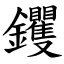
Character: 钁